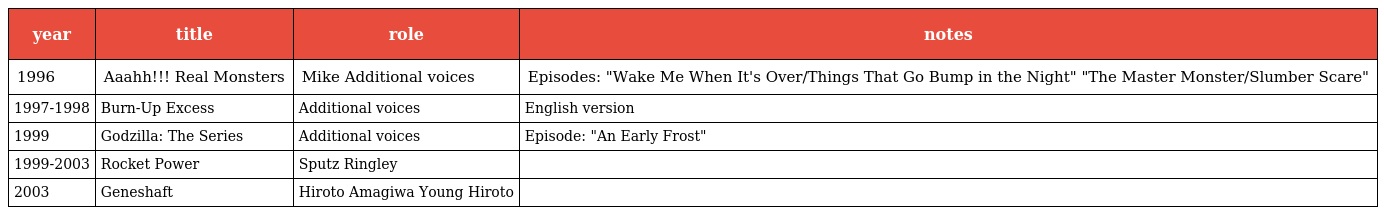
| year | title | role | notes |
 | --- | --- | --- | --- |
 | 1996 | Aaahh!!! Real Monsters | Mike Additional voices | Episodes: "Wake Me When It's Over/Things That Go Bump in the Night" "The Master Monster/Slumber Scare" |
 | 1997-1998 | Burn-Up Excess | Additional voices | English version |
 | 1999 | Godzilla: The Series | Additional voices | Episode: "An Early Frost" |
 | 1999-2003 | Rocket Power | Sputz Ringley |  |
 | 2003 | Geneshaft | Hiroto Amagiwa Young Hiroto |  |